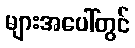
များအပေါ်တွင်